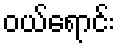
ဝယ်ရောင်း